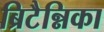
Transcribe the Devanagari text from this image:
ब्रिटैन्निका